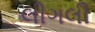
લીગલી